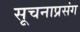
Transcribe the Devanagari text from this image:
सूचनाप्रसंग